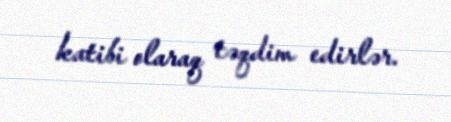
katibi olaraq təqdim edirlər.